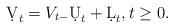
LaTeX: \begin{align*} \d V_t = V_{t-} \d U_t + \d L_t, t \geq 0. \end{align*}